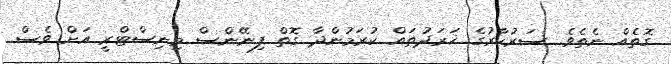
ގޮތެއް ނެތެވެ. ސަރުކާރުގެ ޚަރަދުތައް ކުރަމުންދާ ގޮތް ފިނޭންސް މިނިސްޓްރީ އަށް ވެސް